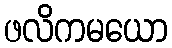
ဖလိကမယော